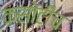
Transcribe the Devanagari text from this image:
कसोटीच